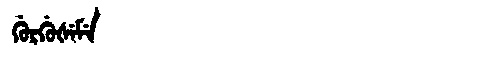
Manchu: ᡤᡠᡵᡤᡠᡧᡝᠮᡝ
Romanization: GURGUŠEME